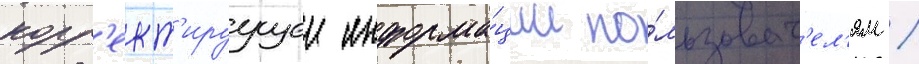
корр'ект'ируущеи информа́ции по́льзоват'ел'ям /